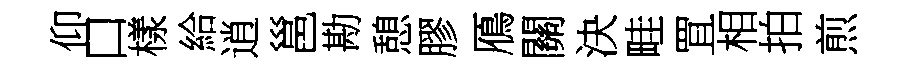
仰口樣給逍邕勘憩膠鴈關決畦罝相拍煎